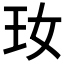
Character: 𤣷